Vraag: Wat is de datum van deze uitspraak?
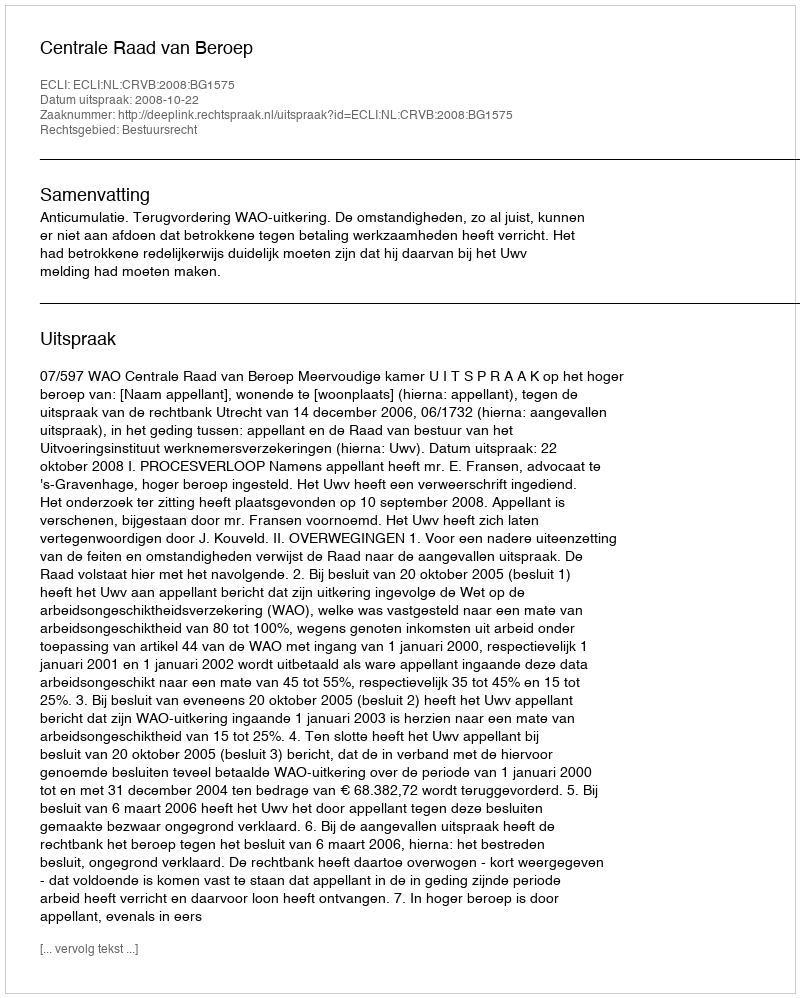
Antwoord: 2008-10-22